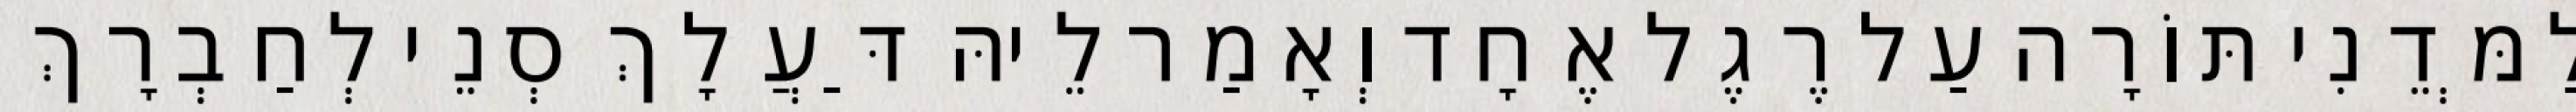
לַמְּדֵנִי תּוֹרָה עַל רֶגֶל אֶחָד וְאָמַר לֵיהּ דַּעֲלָךְ סְנֵי לְחַבְרָךְ